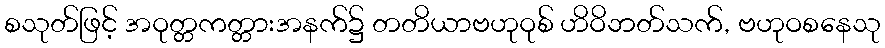
စသုတ်ဖြင့် အဝုတ္တကတ္တားအနက်၌ တတိယာဗဟုဝုစ် ဟိဝိဘတ်သက်, ဗဟုဝစနေသု